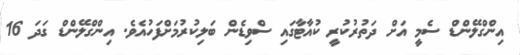
އިންގްލޭންޑް ސެމީ އަށް ދަތުރުކުރީ ކުއާޓާގައި ސްވިޑެން ބަލިކުރުމަށްފަހުއެވެ. އިންގްލޭންޑް ގަދަ 16